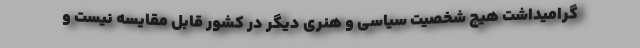
گرامیداشت هیچ شخصیت سیاسی و هنری دیگر در کشور قابل مقایسه نیست و